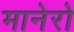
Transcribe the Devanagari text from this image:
मानेरो